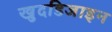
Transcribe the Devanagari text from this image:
खुदडिजाइन